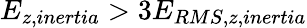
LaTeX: E_{z,inertia}>3E_{RMS,z,inertia}